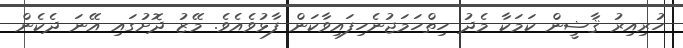
ހުރިއިރު ޤާޟީން ކަމަކާ މެދު ހިތްހަމަޖުނެހިފައިވާކަން ފާޅުވެއެވެ. މޭޒު ދޮށުގައި އޭނަ ދެކެން